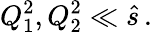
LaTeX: Q_{1}^{2},Q_{2}^{2}\ll\hat{s}\, .